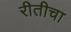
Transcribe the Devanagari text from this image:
रीतीचा